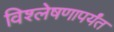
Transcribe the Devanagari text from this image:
विश्लेषणापर्यंत